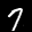
Label: 7